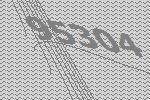
95304